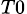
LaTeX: _{T0}